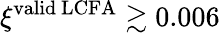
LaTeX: \xi^{{\mathrm{valid\ LCFA}}}\gtrsim 0.006